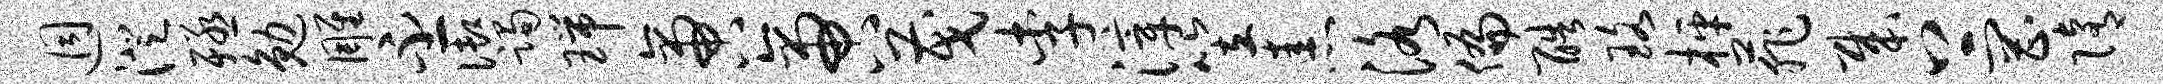
迥澄殛勉雕丕御躅瑞啻啻茂李滓笠恚洛偏酷珞枰菲哉上罔隋